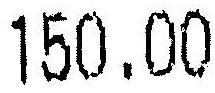
150.00